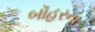
બૉહરના